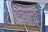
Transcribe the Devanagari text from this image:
बलगुणक